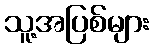
သူ့အပြစ်များ